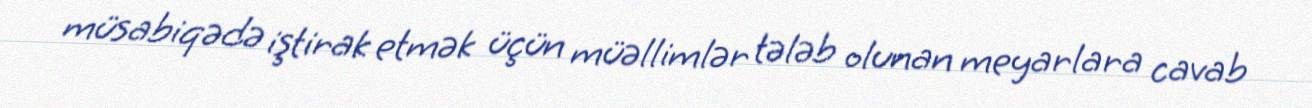
müsabiqədə iştirak etmək üçün müəllimlər tələb olunan meyarlara cavab